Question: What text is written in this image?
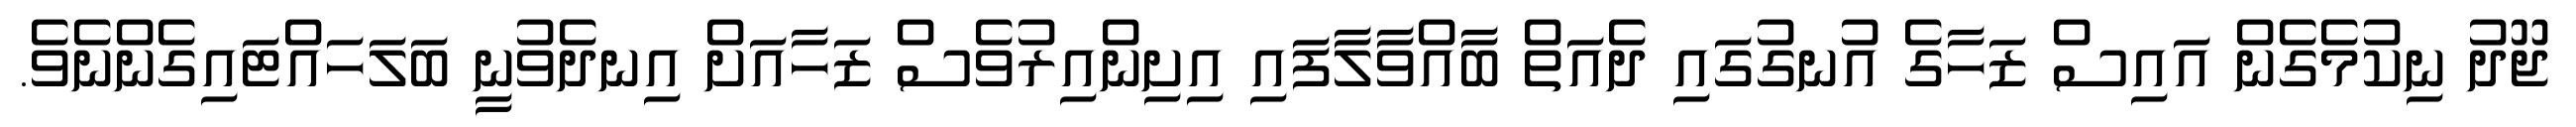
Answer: ޖޫދު ނިކުމެގެން އައިސް ޒަހާގެ އުނގުގައި ދެއަތް ބާއްވާލާފައި އިށިންއިރުވެސް ޒަހާއަށް އިނދެވުނީ ބަލަހައްޓައިގެންނެވެ.